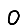
Digit: 0